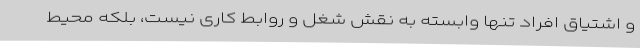
و اشتیاق افراد تنها وابسته به نقش شغل و روابط کاری نیست، بلکه محیط